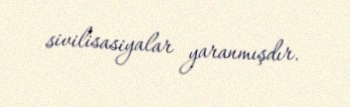
sivilisasiyalar yaranmışdır.